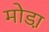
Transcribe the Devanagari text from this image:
मोडा़